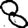
Digit: 8